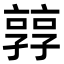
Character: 㝇